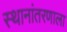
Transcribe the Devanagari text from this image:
स्थानांतरणाला